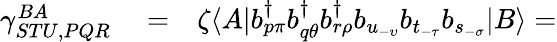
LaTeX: \begin{array}{rlr}{\gamma_{STU,PQR}^{BA}}&{{}=}&{\zeta\langle A|b_{p\pi}^{\dagger}b_{q\theta}^{\dagger}b_{r\rho}^{\dagger}b_{u_{-\upsilon}}b_{t_{-\tau}}b_{s_{-\sigma}}|B\rangle=}\end{array}